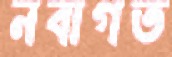
নবাগত